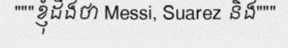
"""ខ្ញុំដឹងថា Messi, Suarez និង"""